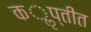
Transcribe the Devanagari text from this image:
कॢप्तीत